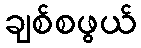
ချစ်စဖွယ်